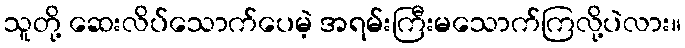
သူတို့ ဆေးလိပ်သောက်ပေမဲ့ အရမ်းကြီးမသောက်ကြလို့ပဲလား။